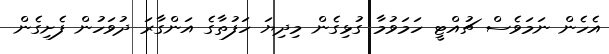
އެހެން ނަމަވެސް ޗުއްޓީ ހަމަވުމާ ގުޅިގެން މިދިޔަ ހަފުތާގެ އަންގާރަ ދުވަހުން ފެށިގެން